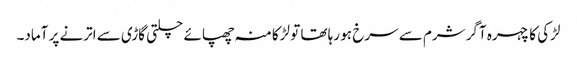
لڑکی کا چہرہ آگر شرم سے سرخ ہو رہا تھا تو لڑکا منہ چھپائے چلتی گاڑی سے اترنے پر آماد۔